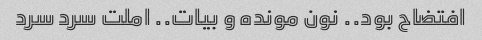
افتضاح بود.. نون مونده و بیات.. املت سرد سرد